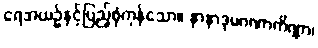
ရေအယဉ်နှင့်ပြည့်စုံကုန်သော။ နာနာဒုမဂဏာကိဏ္ဏာ၊